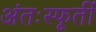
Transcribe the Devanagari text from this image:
अंतःस्फूर्ती